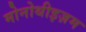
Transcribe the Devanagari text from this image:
मोनोथीइज़म